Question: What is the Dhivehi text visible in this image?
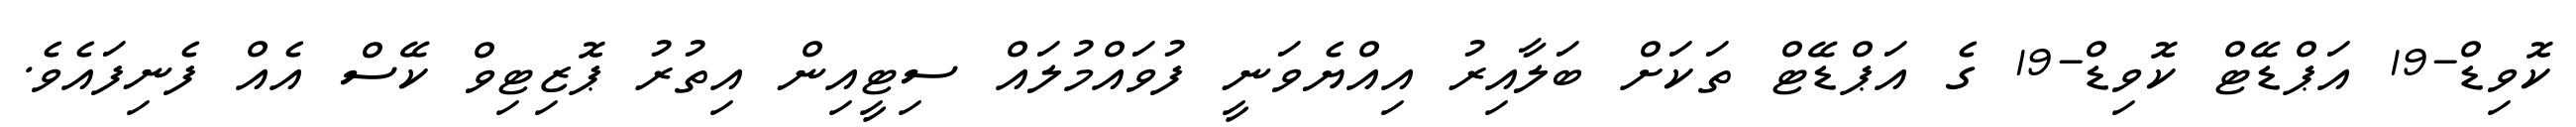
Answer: ކޮވިޑް-19 އަޕްޑޭޓް ކޮވިޑް-19 ގެ އަޕްޑޭޓް ތަކަށް ބަލާއިރު އިއްޔެވަނީ ފުވައްމުލައް ސިޓީއިން އިތުރު ޕޮޒިޓިވް ކޭސް އެއް ފެނިފައެވެ.